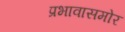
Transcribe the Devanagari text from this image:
प्रभावासमोर